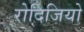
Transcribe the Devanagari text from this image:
रोदिजियो